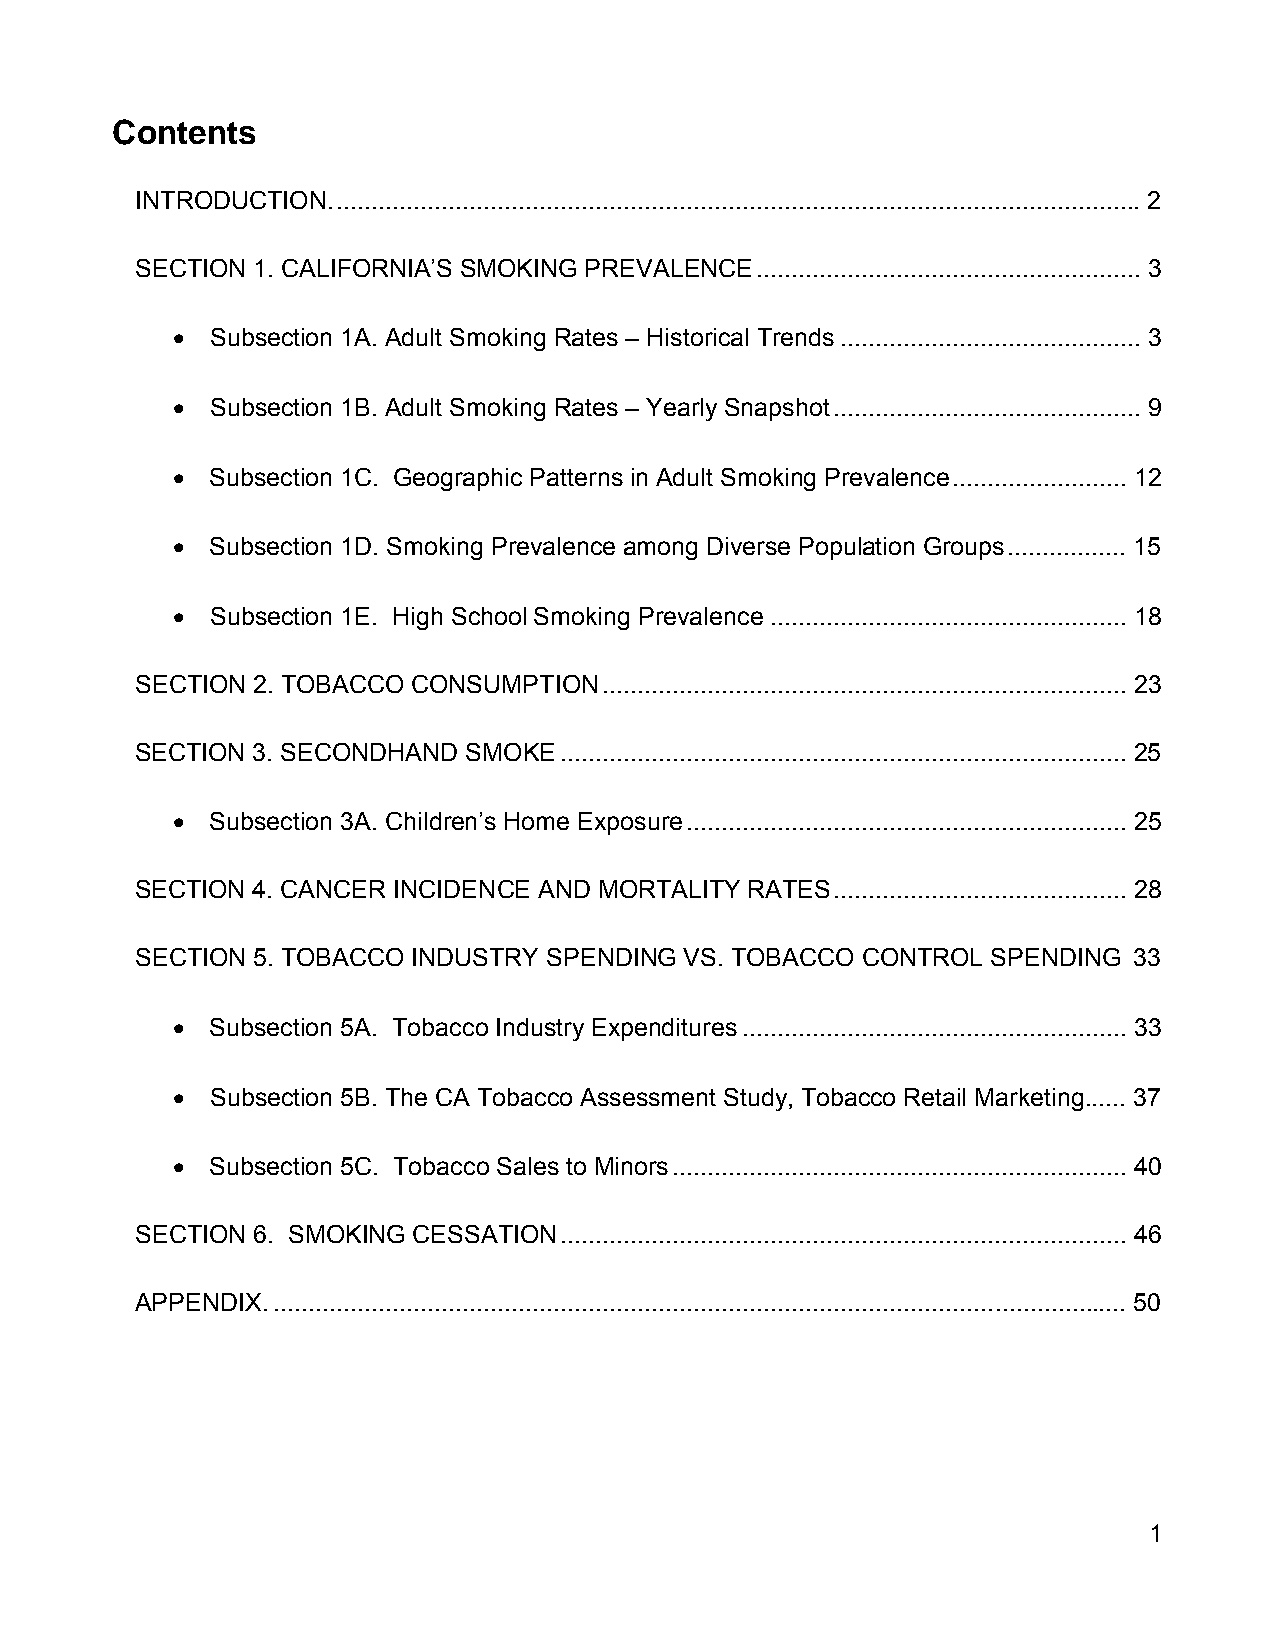
Contents
 INTRODUCTION. ................................................................................................................... 2
 SECTION 1. CALIFORNIA’S SMOKING PREVALENCE ....................................................... 3
   Subsection 1A. Adult Smoking Rates – Historical Trends ........................................... 3
   Subsection 1B. Adult Smoking Rates – Yearly Snapshot ............................................ 9
   Subsection 1C. Geographic Patterns in Adult Smoking Prevalence ......................... 12
   Subsection 1D. Smoking Prevalence among Diverse Population Groups ................. 15
   Subsection 1E. High School Smoking Prevalence ................................................... 18
 SECTION 2. TOBACCO CONSUMPTION ........................................................................... 23
 SECTION 3. SECONDHAND SMOKE ................................................................................. 25
   Subsection 3A. Children’s Home Exposure ............................................................... 25
 SECTION 4. CANCER INCIDENCE AND MORTALITY RATES .......................................... 28
 SECTION 5. TOBACCO INDUSTRY SPENDING VS. TOBACCO CONTROL SPENDING 33
   Subsection 5A. Tobacco Industry Expenditures ....................................................... 33
   Subsection 5B. The CA Tobacco Assessment Study, Tobacco Retail Marketing ...... 37
   Subsection 5C. Tobacco Sales to Minors ................................................................. 40
 SECTION 6. SMOKING CESSATION ................................................................................. 46
 APPENDIX. .......................................................................................................................... 50
 1